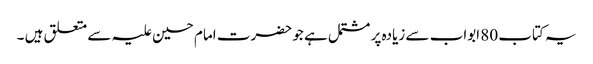
یہ کتاب 80 ابواب سے زیادہ پر مشتمل ہے جو حضرت امام حسین علیہ سے متعلق ہیں ۔